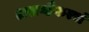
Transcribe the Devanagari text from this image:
अखण्डैकरसं